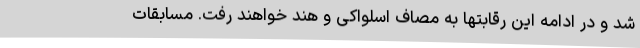
شد و در ادامه این رقابتها به مصاف اسلواکی و هند خواهند رفت. مسابقات